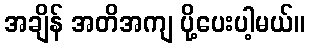
အချိန် အတိအကျ ပို့ပေးပါ့မယ်။